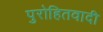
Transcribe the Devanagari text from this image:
पुरोहितवादी